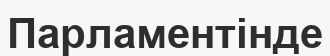
Парламентінде